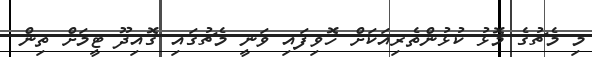
މި މެޗުގެ މޮޅު ކުޅުންތެރިއަކަށް ހޮވިފައި ވަނީ މެޗުގައި ގޮއިދޫ ޓީމަށް ތިން